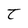
Character: t